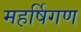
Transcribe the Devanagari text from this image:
महर्षिगण